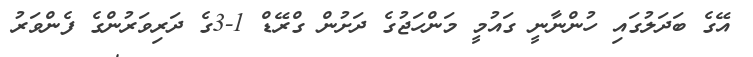
އޭގެ ބަދަލުގައި ހުންނާނީ ގައުމީ މަންހަޖުގެ ދަށުން ގްރޭޑް 1-3ގެ ދަރިވަރުންގެ ފެންވަރު